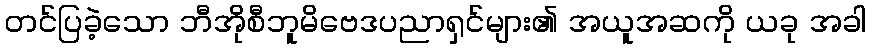
တင်ပြခဲ့သော ဘီအိုစီဘူမိဗေဒပညာရှင်များ၏ အယူအဆကို ယခု အခါ